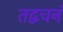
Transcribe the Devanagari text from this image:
तद्वचनं